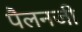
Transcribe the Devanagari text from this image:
पैलनजी